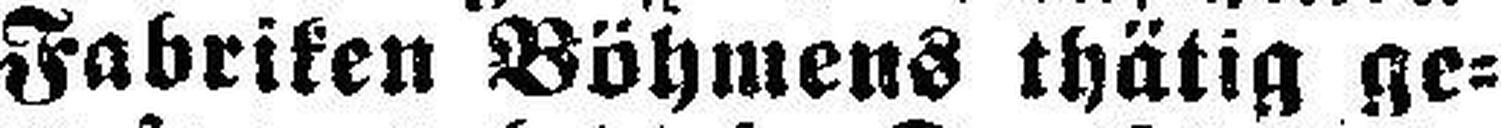
Fabriken Böhmens thätig ge¬